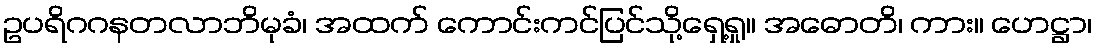
ဥပရိဂဂနတလာဘိမုခံ၊ အထက် ကောင်းကင်ပြင်သို့ရှေ့ရှု။ အဓောတိ၊ ကား။ ဟေဋ္ဌာ၊